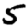
Digit: 5